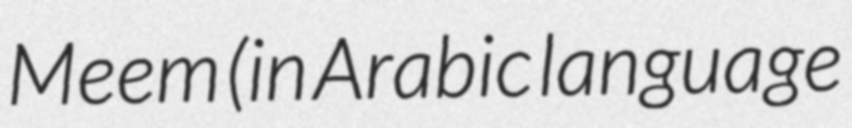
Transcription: Meem (in Arabic language